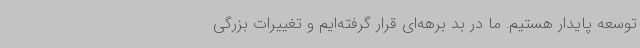
توسعه پایدار هستیم. ما در بد برهه‌ای قرار گرفته‌ایم و تغییرات بزرگی